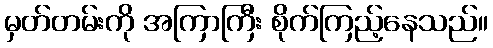
မှတ်တမ်းကို အကြာကြီး စိုက်ကြည့်နေသည်။